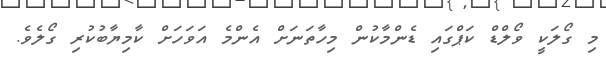
މި ގޯލަކީ ވޯލްޑް ކަޕްގައި ޑެންމާކުން މިހާތަނަށް އެންމެ އަވަހަށް ކާމިޔާބުކުރި ގޯލެވެ.